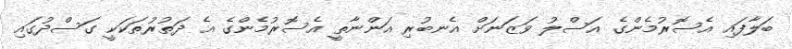
ބަލާފައި އެސޮރުމެންގެ އަސްލު ވަޒަނަށް އެނބުރި އަންނާތީ އެސޮރުމެންގެ އެ ދަތުރުތަކަކީ ގަސްދުގައި